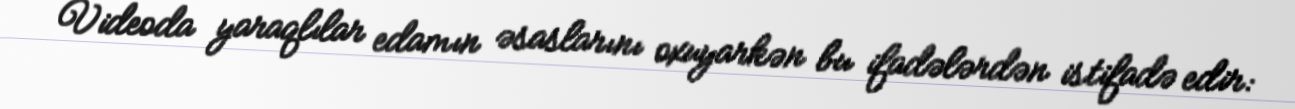
Videoda yaraqlılar edamın əsaslarını oxuyarkən bu ifadələrdən istifadə edir: